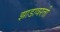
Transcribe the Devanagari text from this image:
झाडावरती